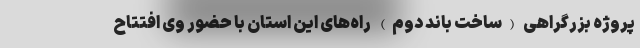
پروژه بزرگراهی (ساخت باند دوم) راه‌های این استان با حضور وی افتتاح